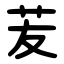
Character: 苃